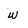
Character: w